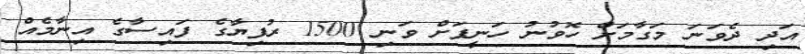
އަދި ދެވަނަ މަގާމަށް ހޮވުނު ހަނީފަށް ވަނި 1500 ރުފިޔާގެ ފައިސާގެ އިނާމެއް